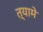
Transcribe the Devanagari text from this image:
त्यामे